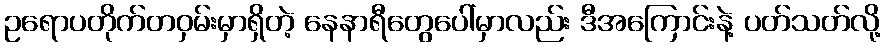
ဥရောပတိုက်တဝှမ်းမှာရှိတဲ့ နေနာရီတွေပေါ်မှာလည်း ဒီအကြောင်းနဲ့ ပတ်သတ်လို့